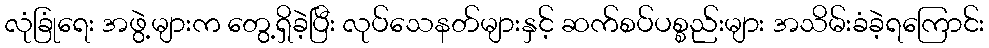
လုံခြုံရေး အဖွဲ့များက တွေ့ရှိခဲ့ပြီး လုပ်သေနတ်များနှင့် ဆက်စပ်ပစ္စည်းများ အသိမ်းခံခဲ့ရကြောင်း